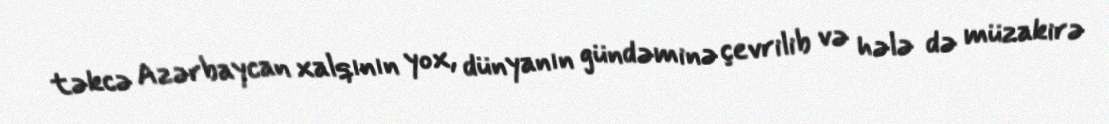
təkcə Azərbaycan xalqının yox, dünyanın gündəminə çevrilib və hələ də müzakirə